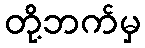
တို့ဘက်မှ